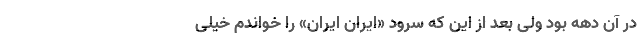
در آن دهه بود ولی بعد از این که سرود «ایران ایران» را خواندم خیلی